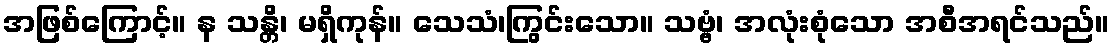
အဖြစ်ကြောင့်။ န သန္တိ၊ မရှိကုန်။ သေသံ၊ကြွင်းသော။ သဗ္ဗံ၊ အလုံးစုံသော အစီအရင်သည်။